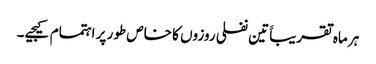
ہر ماہ تقریباََ تین نفلی روزوں کا خاص طور پر اہتمام کیجیے۔